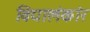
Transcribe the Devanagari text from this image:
विद्यालंकांर